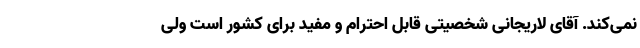
نمی‌کند. آقای لاریجانی شخصیتی قابل احترام و مفید برای کشور است ولی